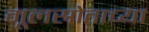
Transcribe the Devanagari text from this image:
मूलस्रोताच्या